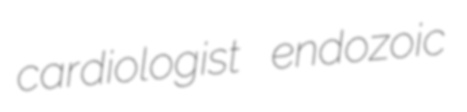
cardiologist endozoic